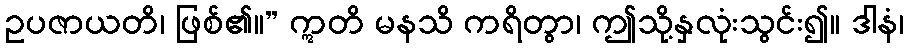
ဥပဇာယတိ၊ ဖြစ်၏။” ဣတိ မနသိ ကရိတွာ၊ ဤသို့နှလုံးသွင်း၍။ ဒါနံ၊